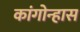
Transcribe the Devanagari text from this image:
कांगोन्हास